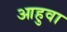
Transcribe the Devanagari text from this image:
आहुवा